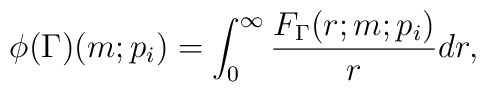
\phi(\Gamma)(m;p_i)=\int_0^{\infty}\frac{F_\Gamma(r;m;p_i)}{r}dr,